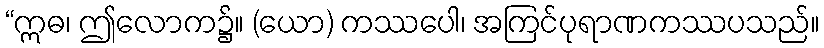
“ဣဓ၊ ဤလောက၌။ (ယော) ကဿပေါ၊ အကြင်ပုရာဏကဿပသည်။